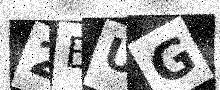
Text: 2BUG